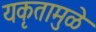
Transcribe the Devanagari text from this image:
यकृतामुळे